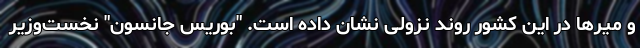
و میرها در این کشور روند نزولی نشان داده است. "بوریس جانسون" نخست‌وزیر